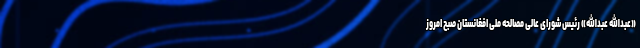
«عبدالله عبدالله» رئیس شورای عالی مصالحه‌ ملی افغانستان صبح امروز